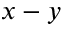
x - y